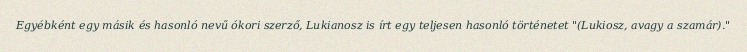
Egyébként egy másik és hasonló nevű ókori szerző, Lukianosz is írt egy teljesen hasonló történetet "(Lukiosz, avagy a szamár)."